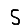
Digit: 5